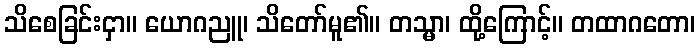
သိစေခြင်းငှာ။ ယောဂညူ၊ သိတော်မူ၏။ တသ္မာ၊ ထို့ကြောင့်။ တထာဂတော၊